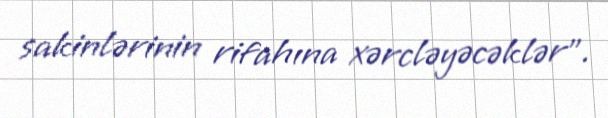
sakinlərinin rifahına xərcləyəcəklər".